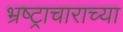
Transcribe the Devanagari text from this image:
भ्रष्ट्राचाराच्या